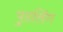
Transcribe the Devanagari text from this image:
पुडलिंग